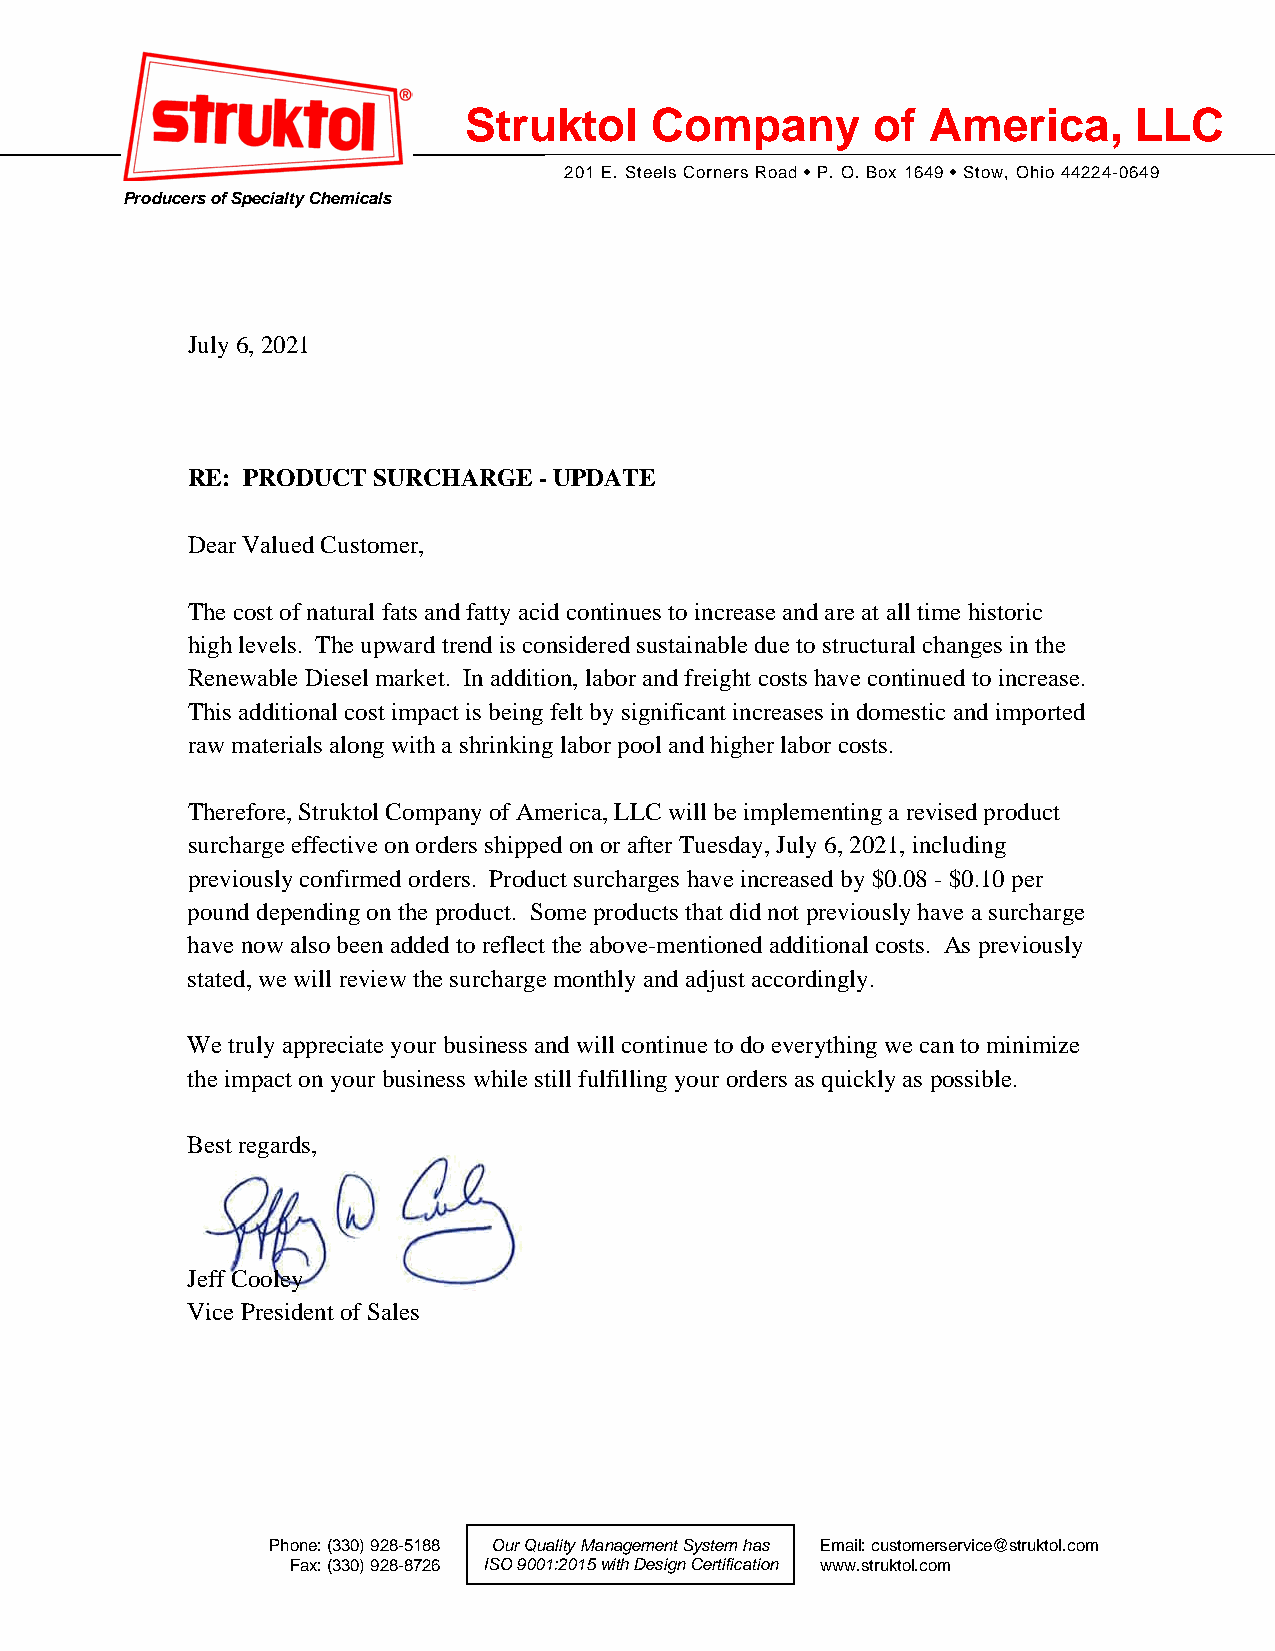
Struktol    Company        of  America,     LLC
 201 E. Steels Corners Road • P. O. Box 1649 • Stow, Ohio 44224-0649
 Producers of Specialty Chemicals
 July 6, 2021
 RE: PRODUCT  SURCHARGE  - UPDATE
 Dear Valued Customer,
 The cost of natural fats and fatty acid continues to increase and are at all time historic
 high levels. The upward trend is considered sustainable due to structural changes in the
 Renewable Diesel market. In addition, labor and freight costs have continued to increase.
 This additional cost impact is being felt by significant increases in domestic and imported
 raw materials along with a shrinking labor pool and higher labor costs.
 Therefore, Struktol Company of America, LLC will be implementing a revised product
 surcharge effective on orders shipped on or after Tuesday, July 6, 2021, including
 previously confirmed orders. Product surcharges have increased by $0.08 - $0.10 per
 pound depending on the product. Some products that did not previously have a surcharge
 have now also been added to reflect the above-mentioned additional costs. As previously
 stated, we will review the surcharge monthly and adjust accordingly.
 We truly appreciate your business and will continue to do everything we can to minimize
 the impact on your business while still fulfilling your orders as quickly as possible.
 Best regards,
 Jeff Cooley
 Vice President of Sales
 Phone: (330) 928-5188 Our Quality Management System has Email: customerservice@struktol.com
 Fax: (330) 928-8726 ISO 9001:2015 with Design Certification www.struktol.com